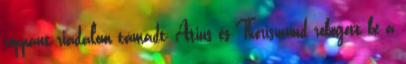
roppant riadalom támadt; Atius és Thorismund robogott be a